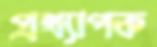
প্রখ্যাপক